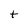
Character: t